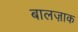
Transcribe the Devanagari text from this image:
बालज़ाक